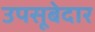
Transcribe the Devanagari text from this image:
उपसूबेदार